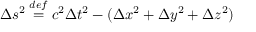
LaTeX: \Delta s ^ { 2 } \; { \overset { d e f } { = } } \; c ^ { 2 } \Delta t ^ { 2 } - ( \Delta x ^ { 2 } + \Delta y ^ { 2 } + \Delta z ^ { 2 } )